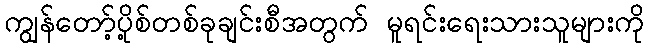
ကျွန်တော့်ပို့စ်တစ်ခုချင်းစီအတွက် မူရင်းရေးသားသူများကို